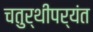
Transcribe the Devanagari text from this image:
चतुर्थीपर्यंत